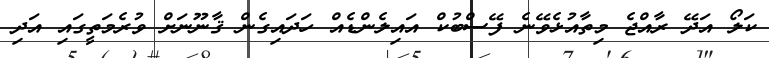
ކަލޯ އަދޭ ރާއްޖެ މިތާއުޅެވޭނެ ފޭސްބުކް އައިލެންޑެއް ހަދައިގެން ޤާނޫނަށް ވުރެމަތީގައި އަދި